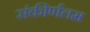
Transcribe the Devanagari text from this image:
संकीर्णतम